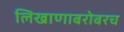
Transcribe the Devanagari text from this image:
लिखाणाबरोबरच